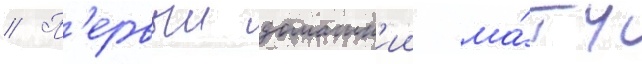
// П'ервыи домашн'ии ма́тч